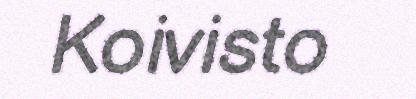
Koivisto